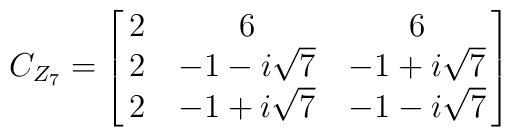
C_{Z_7}=\left[\matrix{	2	&6	&6	\cr	2	&{{-1-i\sqrt{7}}}	&{{-1+i\sqrt{7}}} \cr	2	&{{-1+i\sqrt{7}}}	&{{-1-i\sqrt{7}}}\cr}\right]